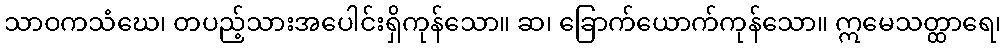
သာဝကသံဃေ၊ တပည့်သားအပေါင်းရှိကုန်သော။ ဆ၊ ခြောက်ယောက်ကုန်သော။ ဣမေသတ္ထာရေ၊